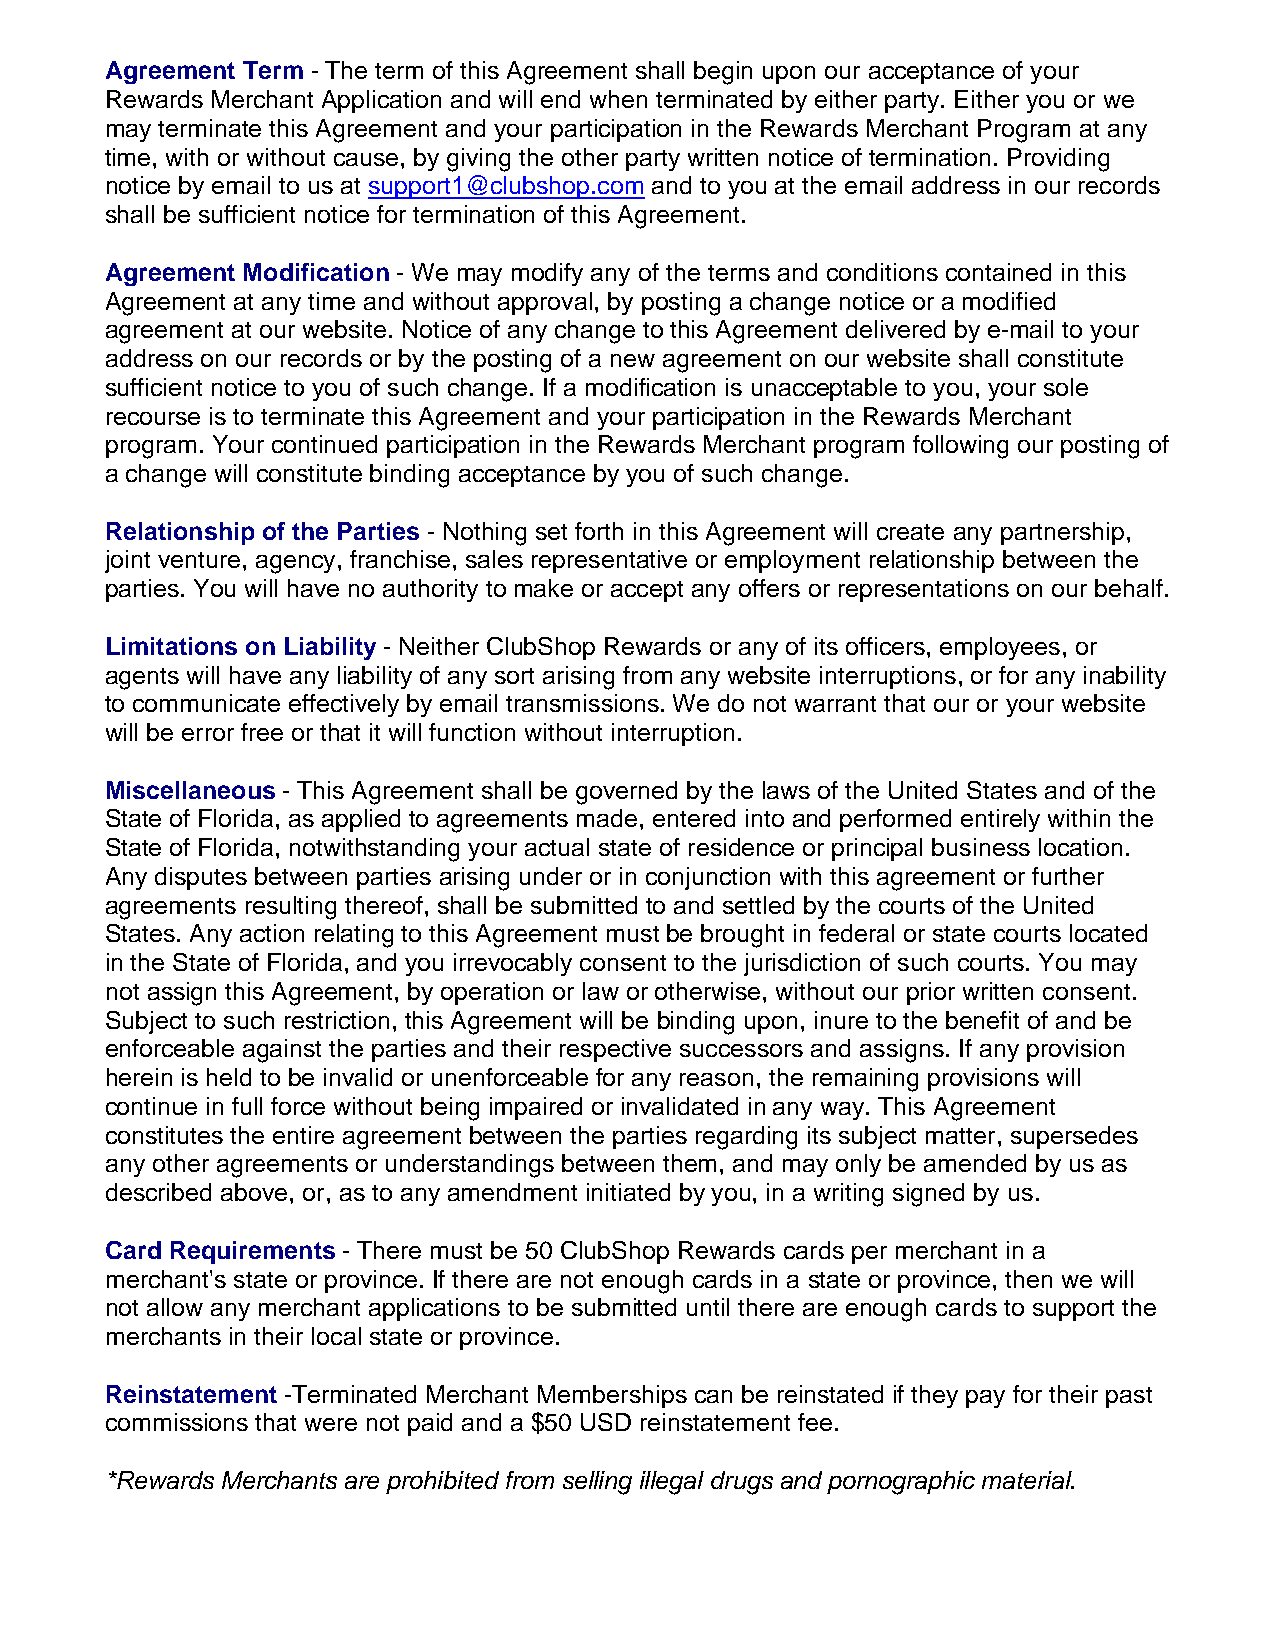
Agreement Term - The term of this Agreement shall begin upon our acceptance of your
 Rewards Merchant Application and will end when terminated by either party. Either you or we
 may terminate this Agreement and your participation in the Rewards Merchant Program at any
 time, with or without cause, by giving the other party written notice of termination. Providing
 notice by email to us at support1@clubshop.com and to you at the email address in our records
 shall be sufficient notice for termination of this Agreement.
 Agreement Modification - We may modify any of the terms and conditions contained in this
 Agreement at any time and without approval, by posting a change notice or a modified
 agreement at our website. Notice of any change to this Agreement delivered by e-mail to your
 address on our records or by the posting of a new agreement on our website shall constitute
 sufficient notice to you of such change. If a modification is unacceptable to you, your sole
 recourse is to terminate this Agreement and your participation in the Rewards Merchant
 program. Your continued participation in the Rewards Merchant program following our posting of
 a change will constitute binding acceptance by you of such change.
 Relationship of the Parties - Nothing set forth in this Agreement will create any partnership,
 joint venture, agency, franchise, sales representative or employment relationship between the
 parties. You will have no authority to make or accept any offers or representations on our behalf.
 Limitations on Liability - Neither ClubShop Rewards or any of its officers, employees, or
 agents will have any liability of any sort arising from any website interruptions, or for any inability
 to communicate effectively by email transmissions. We do not warrant that our or your website
 will be error free or that it will function without interruption.
 Miscellaneous - This Agreement shall be governed by the laws of the United States and of the
 State of Florida, as applied to agreements made, entered into and performed entirely within the
 State of Florida, notwithstanding your actual state of residence or principal business location.
 Any disputes between parties arising under or in conjunction with this agreement or further
 agreements resulting thereof, shall be submitted to and settled by the courts of the United
 States. Any action relating to this Agreement must be brought in federal or state courts located
 in the State of Florida, and you irrevocably consent to the jurisdiction of such courts. You may
 not assign this Agreement, by operation or law or otherwise, without our prior written consent.
 Subject to such restriction, this Agreement will be binding upon, inure to the benefit of and be
 enforceable against the parties and their respective successors and assigns. If any provision
 herein is held to be invalid or unenforceable for any reason, the remaining provisions will
 continue in full force without being impaired or invalidated in any way. This Agreement
 constitutes the entire agreement between the parties regarding its subject matter, supersedes
 any other agreements or understandings between them, and may only be amended by us as
 described above, or, as to any amendment initiated by you, in a writing signed by us.
 Card Requirements - There must be 50 ClubShop Rewards cards per merchant in a
 merchant's state or province. If there are not enough cards in a state or province, then we will
 not allow any merchant applications to be submitted until there are enough cards to support the
 merchants in their local state or province.
 Reinstatement -Terminated Merchant Memberships can be reinstated if they pay for their past
 commissions that were not paid and a $50 USD reinstatement fee.
 *Rewards Merchants are prohibited from selling illegal drugs and pornographic material.